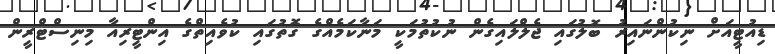
ޑިއުޓީއަށް ނިކުންނައިރު ބޮލުގައި ޖެލްލައިގެން ނުކުތުމަކީ މަނާކަމެއްގެ ގޮތުގައި ކުވެއިތްގެ އިންޓީރިއާ މިނިސްޓްރީން